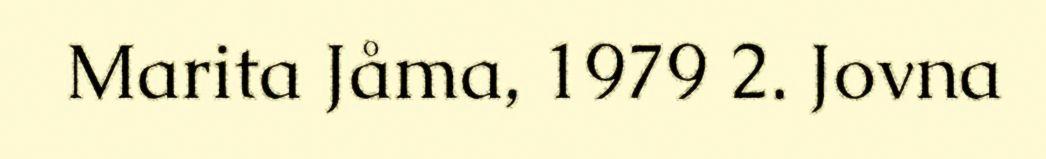
Marita Jåma, 1979 2. Jovna